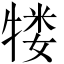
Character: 𬌥